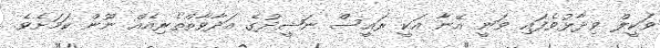
ވަކީލް ވިދާޅުވެފައި ވަނީ އޭނާ އަކީ ރައީސް ނަޝީދުގެ އަދާވާތްތެރިއެއް ނޫން ކަމަށެވެ.